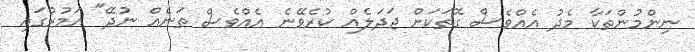
ނިންމުންތަކާ މެދު އެއްވެސް ގޮތަކަށް ޖަދަލެއް ކުރެވޭނެ އެއްވެސް ތަނެއް ނުދޭ" އަމުރުގައި